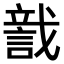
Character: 𧨺